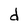
Character: d